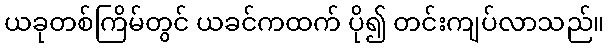
ယခုတစ်ကြိမ်တွင် ယခင်ကထက် ပို၍ တင်းကျပ်လာသည်။